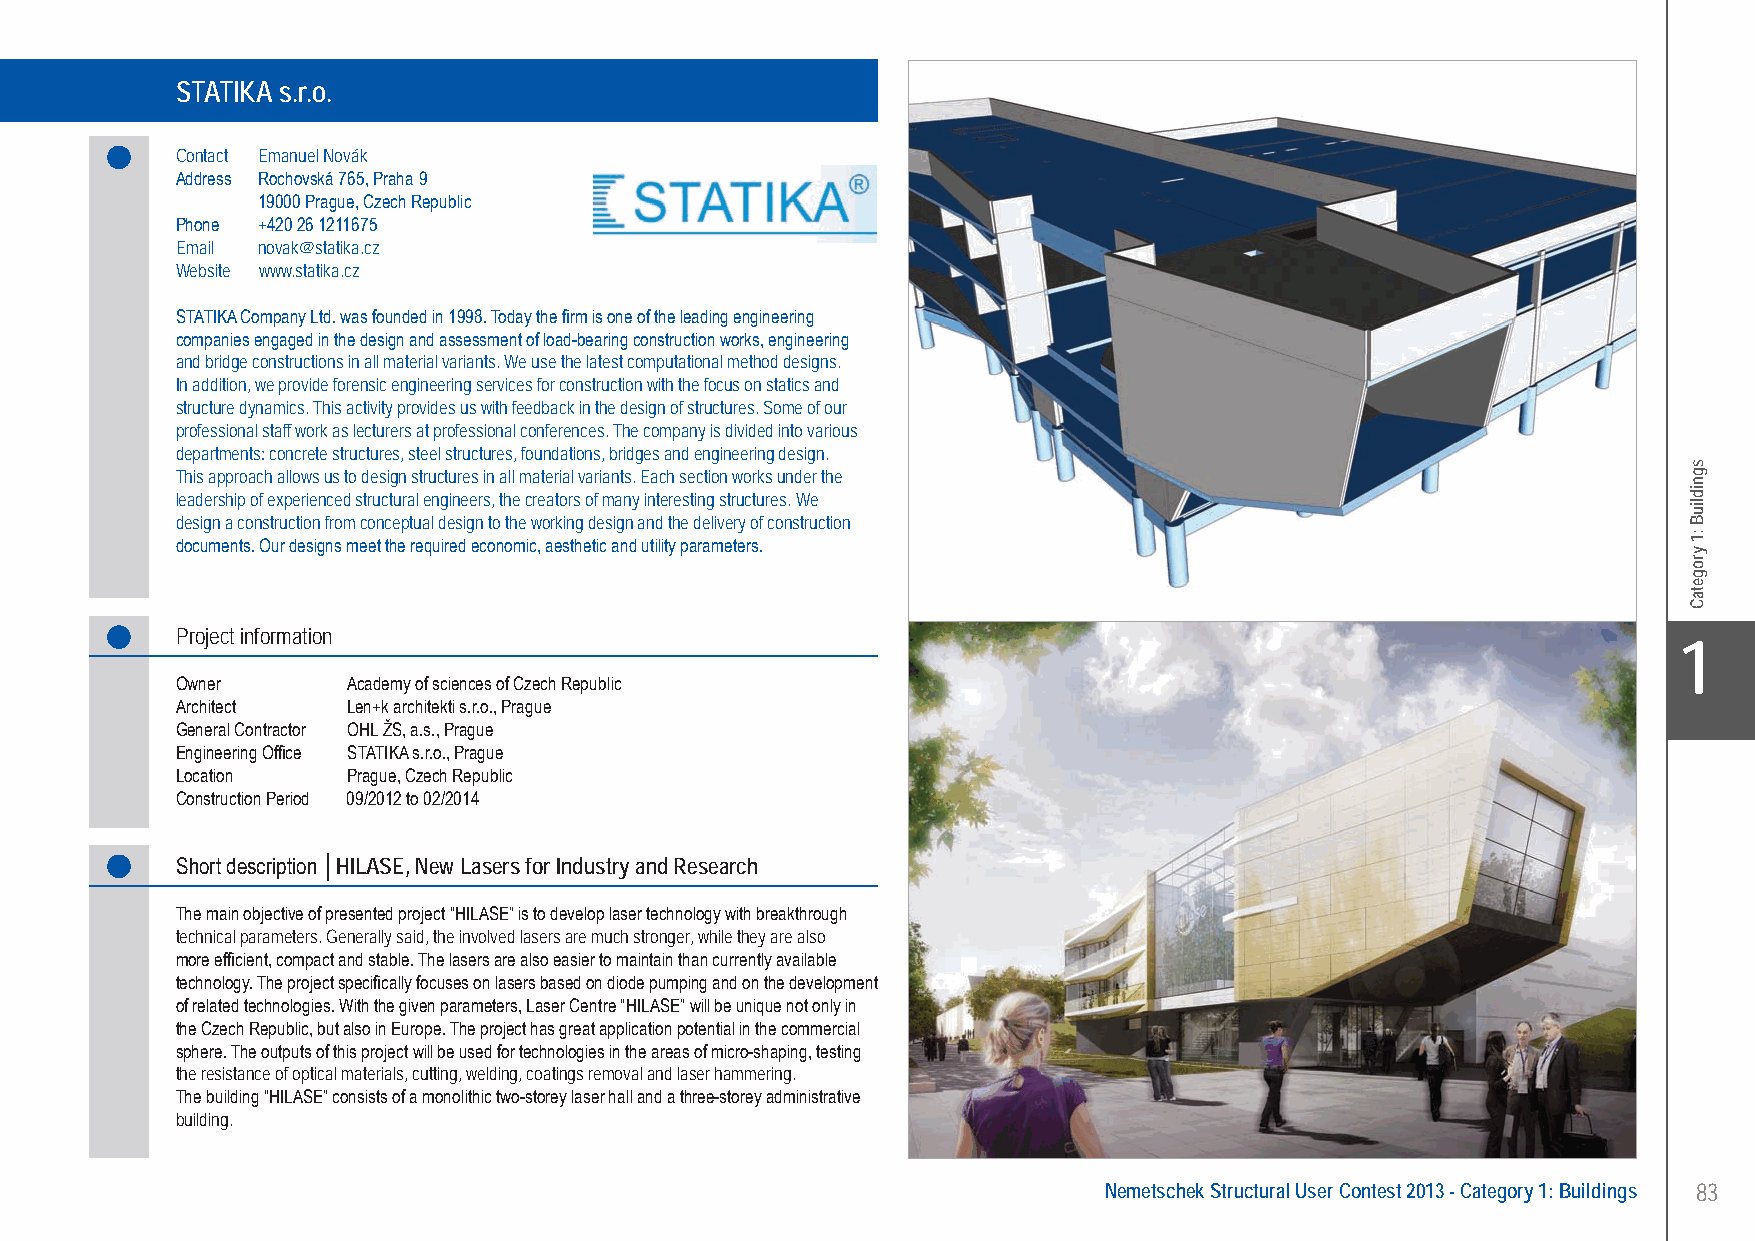
STATIKA s.r.o. HILASE, New Lasers for Industry and Research - Prague, Czech Republic
 STATIKA s.r.o.
 Contact Emanuel Novák
 Address Rochovská 765, Praha 9
 19000 Prague, Czech Republic
 Phone +420 26 1211675
 Email novak@statika.cz
 Website www.statika.cz
 STATIKA Company Ltd. was founded in 1998. Today the firm is one of the leading engineering
 companies engaged in the design and assessment of load-bearing construction works, engineering
 and bridge constructions in all material variants. We use the latest computational method designs.
 In addition, we provide forensic engineering services for construction with the focus on statics and
 structure dynamics. This activity provides us with feedback in the design of structures. Some of our
 professional staff work as lecturers at professional conferences. The company is divided into various
 departments: concrete structures, steel structures, foundations, bridges and engineering design.
 This approach allows us to design structures in all material variants. Each section works under the
 leadership of experienced structural engineers, the creators of many interesting structures. We
 design a construction from conceptual design to the working design and the delivery of construction
 documents. Our designs meet the required economic, aesthetic and utility parameters.
 Project information
 X1
 Owner      Academy of sciences of Czech Republic
 Architect  Len+k architekti s.r.o., Prague
 General Contractor OHL ŽS, a.s., Prague
 Engineering Office STATIKA s.r.o., Prague
 Location   Prague, Czech Republic
 Construction Period 09/2012 to 02/2014
 Short description │HILASE, New Lasers for Industry and Research
 The main objective of presented project “HILASE” is to develop laser technology with breakthrough
 technical parameters. Generally said, the involved lasers are much stronger, while they are also
 more efficient, compact and stable. The lasers are also easier to maintain than currently available
 technology. The project specifically focuses on lasers based on diode pumping and on the development
 of related technologies. With the given parameters, Laser Centre “HILASE” will be unique not only in
 the Czech Republic, but also in Europe. The project has great application potential in the commercial
 sphere. The outputs of this project will be used for technologies in the areas of micro-shaping, testing
 the resistance of optical materials, cutting, welding, coatings removal and laser hammering.
 The building “HILASE” consists of a monolithic two-storey laser hall and a three-storey administrative
 building.
 Nemetschek Structural User Contest 2013 - Category 1: Buildings 83
 UC-2013-Book-V8.indd 83                                                                                   7/11/2013 12:22:05 PM
 sgnidliuB
 :1
 yrogetaC